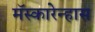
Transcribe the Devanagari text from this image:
मॅस्कारेन्हास